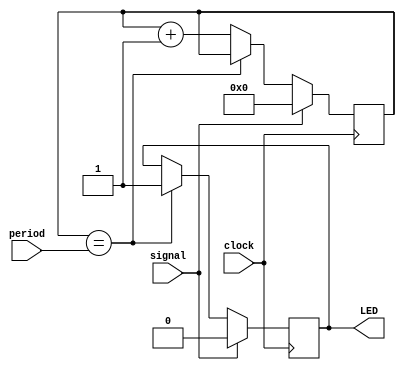
//
//  HPSDR - High Performance Software Defined Radio
//
//  Metis code. 
//
//  This program is free software; you can redistribute it and/or modify
//  it under the terms of the GNU General Public License as published by
//  the Free Software Foundation; either version 2 of the License, or
//  (at your option) any later version.
//
//  This program is distributed in the hope that it will be useful,
//  but WITHOUT ANY WARRANTY; without even the implied warranty of
//  MERCHANTABILITY or FITNESS FOR A PARTICULAR PURPOSE.  See the
//  GNU General Public License for more details.
//
//  You should have received a copy of the GNU General Public License
//  along with this program; if not, write to the Free Software
//  Foundation, Inc., 59 Temple Place, Suite 330, Boston, MA  02111-1307  USA


//  Led_flash - Copyright 2009, 2010, 2011  Phil Harman VK6APH

//////////////////////////////////////////////////////////////
//
//   Flash LED  
//
//////////////////////////////////////////////////////////////

//  Turn  LED on  whenever signal is high and then remain on
//  for 'period' seconds when it goes low
//  9 Feb 2018 - Inceased period and counter to 25 bits so can clock at 125MHz now 


module Led_flash (clock, signal, LED, period);

input clock;
input signal;
output LED;
input [24:0]period;

reg [24:0]counter;
reg LED;

always @ (posedge clock)
begin
	if (signal) begin
		counter <= 0;
		LED <= 1'b0; 			// turn LED on whilst signal is high
		end
	else begin
	if (counter == period) begin
		LED <= 1'b1; 			// turn LED off when signal low after time period
		end
	else counter <= counter + 1'b1;
	end
end
endmodule